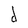
Character: d